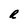
Character: R